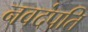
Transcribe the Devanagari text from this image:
नवदंपति